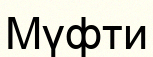
Мүфти